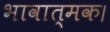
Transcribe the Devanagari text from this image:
भावात्मक।